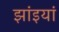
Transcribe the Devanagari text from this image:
झांइयां